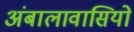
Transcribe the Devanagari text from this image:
अंबालावासियों